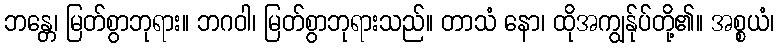
ဘန္တေ၊ မြတ်စွာဘုရား။ ဘဂဝါ၊ မြတ်စွာဘုရားသည်။ တာသံ နော၊ ထိုအကျွန်ုပ်တို့၏။ အစ္စယံ၊